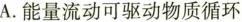
A.能量流动可驱动物质循环